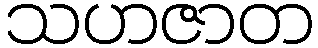
သဟဇာတ